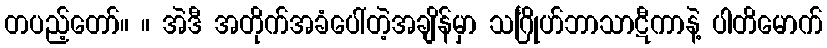
တပည့်တော်။ ။ အဲဒီ အတိုက်အခံပေါ်တဲ့အချိန်မှာ သင်္ဂြိုဟ်ဘာသာဋီကာနဲ့ ပါတိမောက်